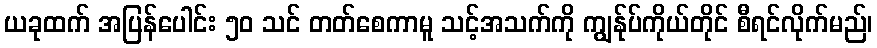
ယခုထက် အပြန်ပေါင်း ၅၀ သင် တတ်စေကာမူ သင့်အသက်ကို ကျွန်ုပ်ကိုယ်တိုင် စီရင်လိုက်မည်၊